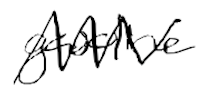
Text: gasoline
Cross-out: mix
Writing tool: digital_black